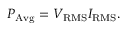
P _ { \mathrm { A v g } } = V _ { \mathrm { R M S } } I _ { \mathrm { R M S } } .